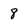
Character: 8